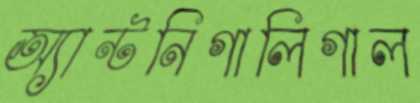
অ্যান্টনিগালিগাল